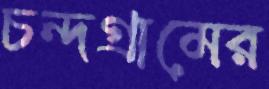
চন্দগ্রামের